342_HS1-416511228_319.1 Flying Discs 1949
Agency: Department of War
Incident date: 1/9/50
Page 130
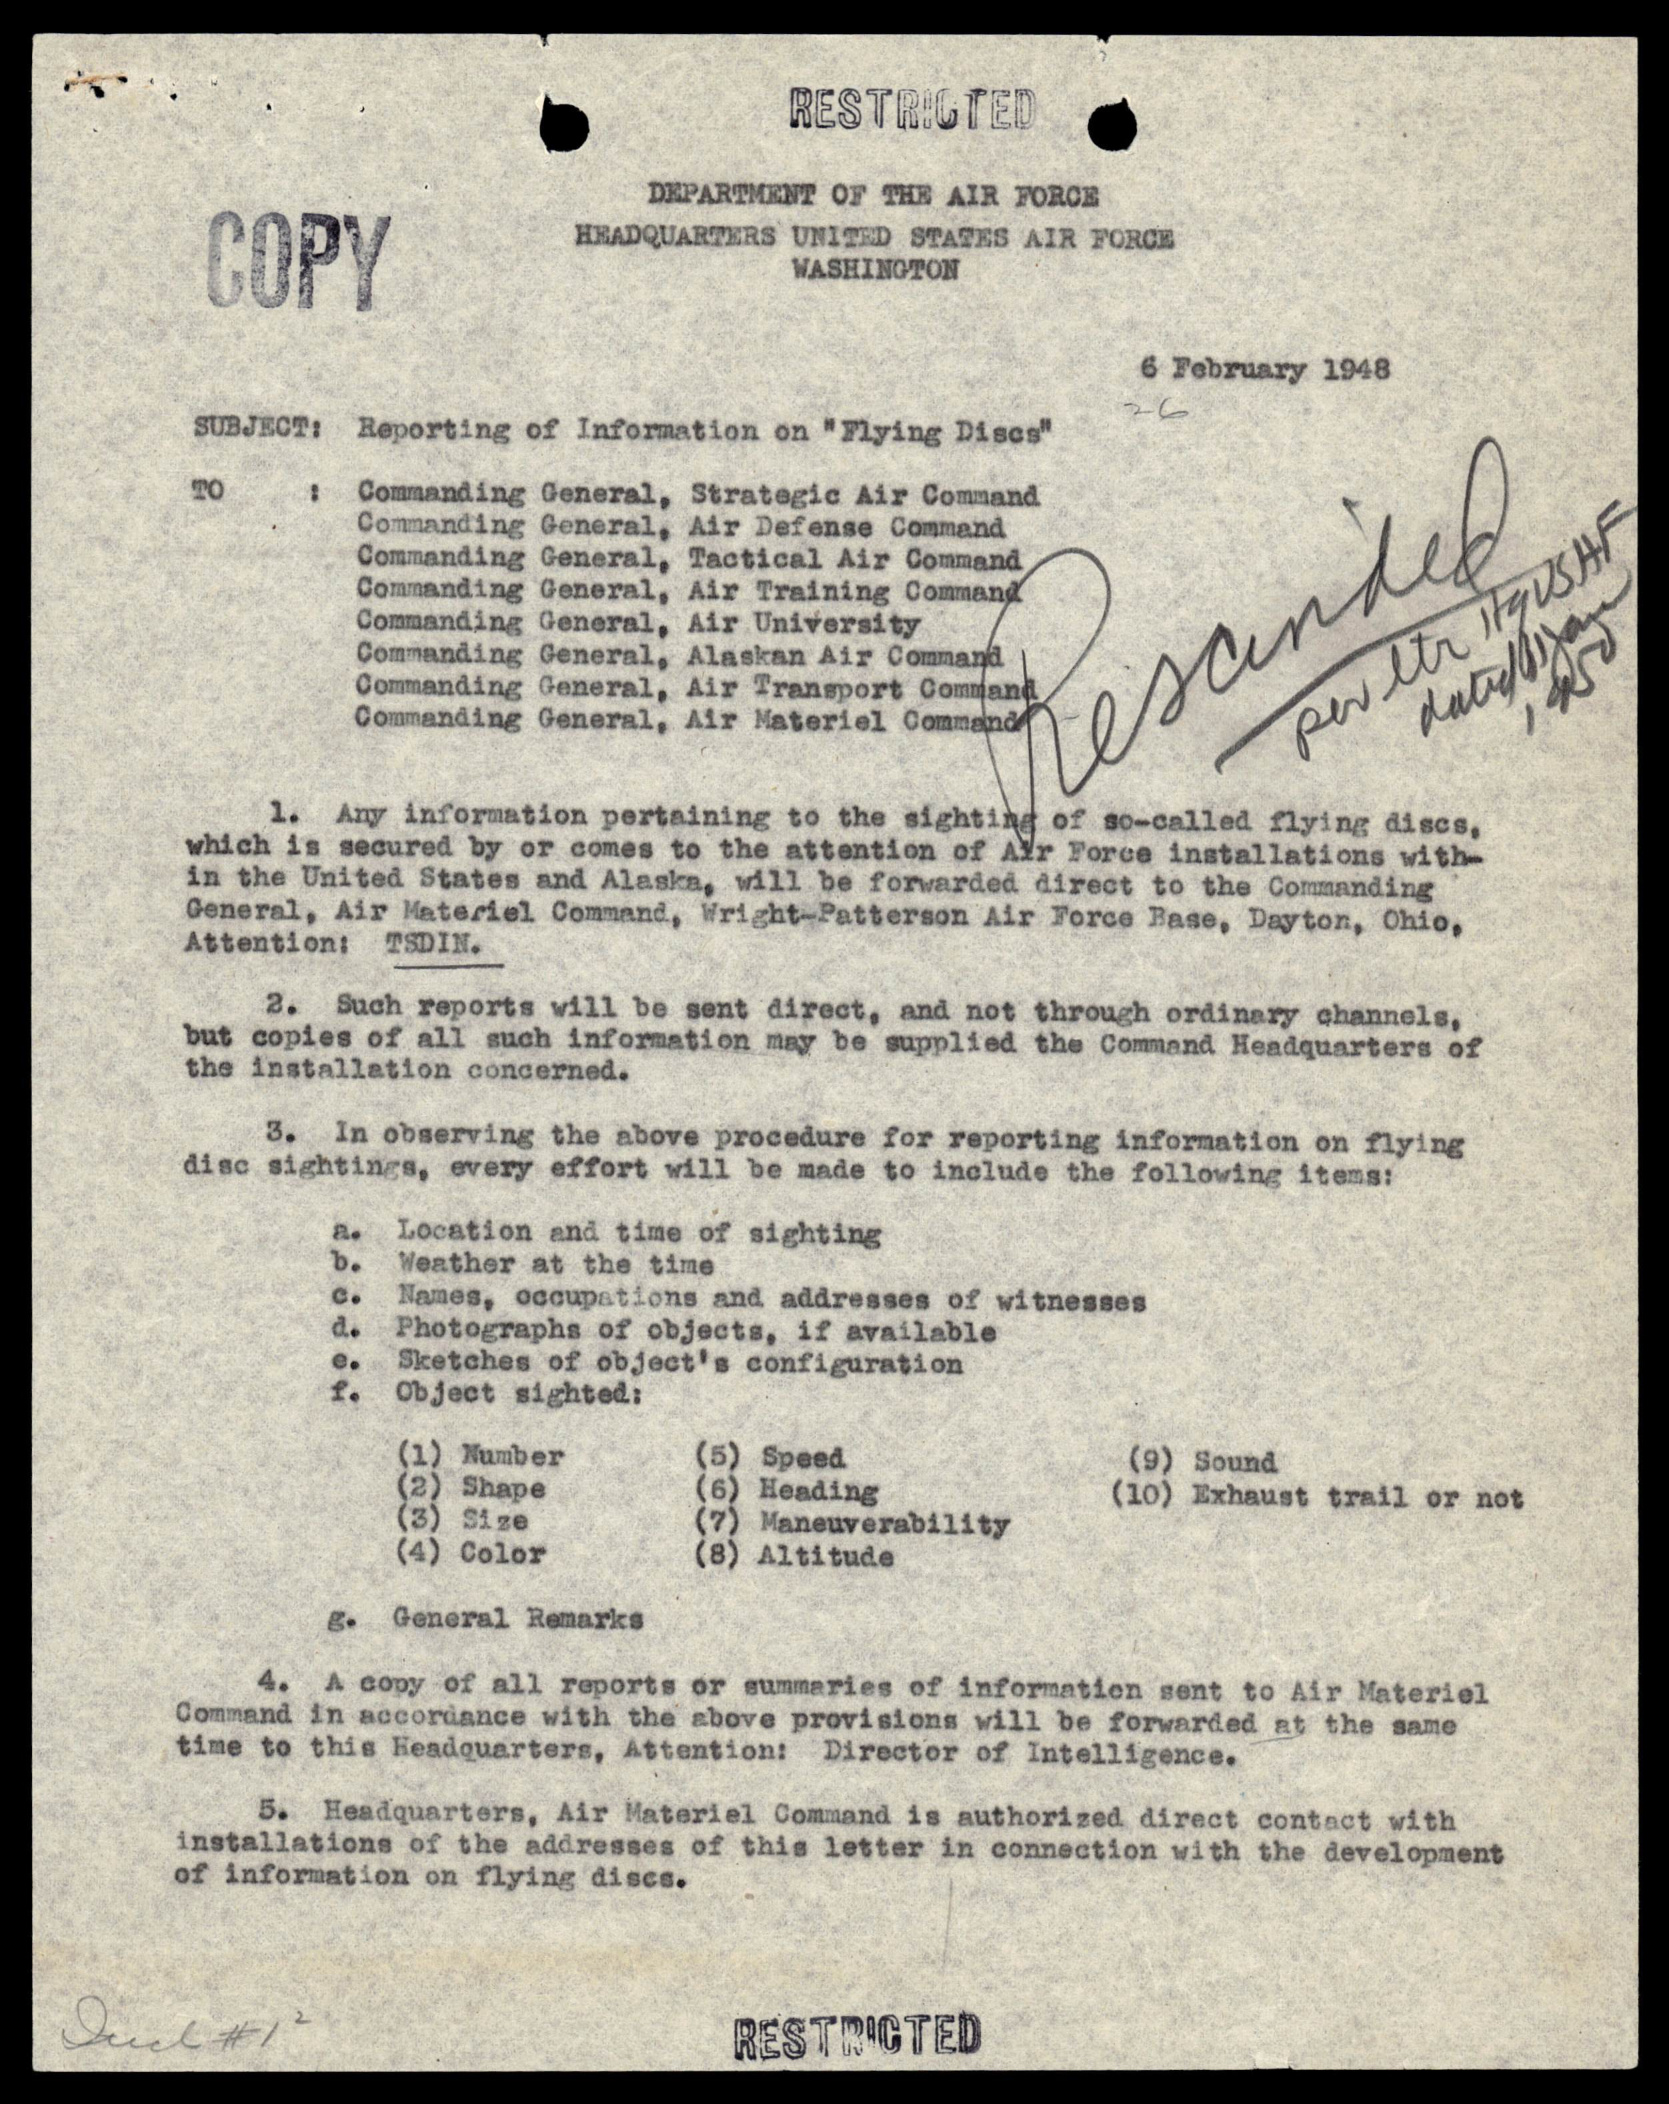